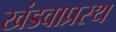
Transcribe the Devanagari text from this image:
खंडवाप्रस्थ